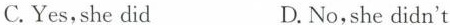
C.Yes,she did D.No,she didn't